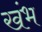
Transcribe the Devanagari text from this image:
खंभ